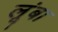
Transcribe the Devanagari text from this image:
लूंबा